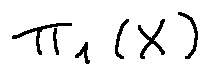
\pi _ { 1 } ( X )